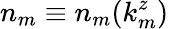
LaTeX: n_{m}\equiv n_{m}(k_{m}^{z})